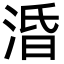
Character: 涽